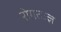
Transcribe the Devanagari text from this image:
रोगतज्ज्ञ